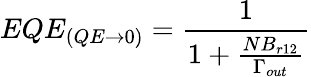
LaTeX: EQE_{(QE\rightarrow 0)}=\frac{1}{1+\frac{NB_{r12}}{\Gamma_{out}}}